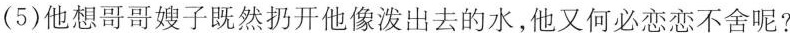
(5)他想哥哥嫂子既然扔开他像泼出去的水，他又何必恋恋不舍呢?